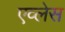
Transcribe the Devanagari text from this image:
एव्लेस